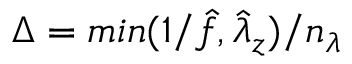
\Delta = m i n ( 1 / \hat { f } , \hat { \lambda } _ { z } ) / n _ { \lambda }